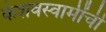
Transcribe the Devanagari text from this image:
केशवस्वामींची